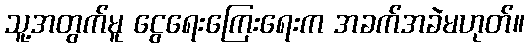
သူ့အတွက်မူ ငွေရေးကြေးရေးက အခက်အခဲမဟုတ်။